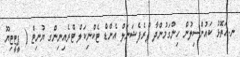
ނ.އަތޮޅު ކައުންސިލުން ހިންގަމުންދާ ޕްރެފެޝަނަލް އެންޑް ޓެކްނިކަލް ޓްރެއިނިންގ ޔުނިޓް ( ޕީޓީޓިޔޫ